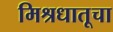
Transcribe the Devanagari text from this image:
मिश्रधातूचा